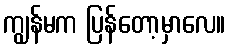
ကျွန်မက ပြန်တော့မှာလေ။